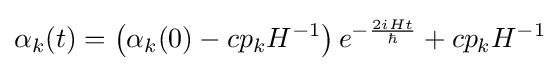
\alpha _{k}(t)=\left(\alpha _{k}(0)-cp_{k}H^{-1}\right)e^{-{\frac {2iHt}{\hbar }}}+cp_{k}H^{-1}